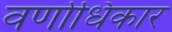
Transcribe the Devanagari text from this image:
वर्णाधिकार